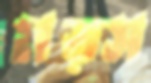
মত্স